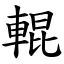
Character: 輥